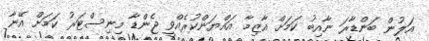
އަލުން ބަންޑާރަ ނާއިބު ކަމަށް އާޒިމާ އައްޔަންކުރެއްވީ ޖެންޑާ މިނިސްޓަރު ކަމަށް އޭނާ